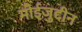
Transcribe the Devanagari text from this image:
मोईजुद्दीन